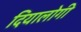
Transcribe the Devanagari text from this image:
दियालोगी